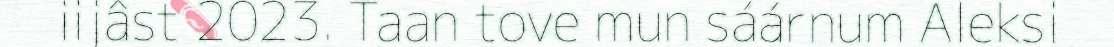
iijâst 2023. Taan tove mun sáárnum Aleksi